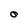
Character: O